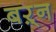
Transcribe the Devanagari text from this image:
बऱ्न